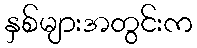
နှစ်များအတွင်းက